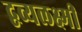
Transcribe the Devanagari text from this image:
द्वव्यलक्ष्मी